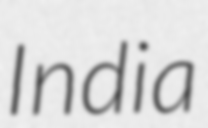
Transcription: India